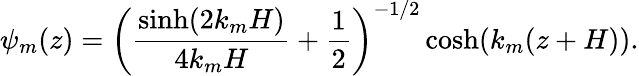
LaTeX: \psi_{m}(z)=\left(\frac{\sinh(2k_{m}H)}{4k_{m}H}+\frac{1}{2}\right)^{-1/2}\cosh(k_{m}(z+H)).